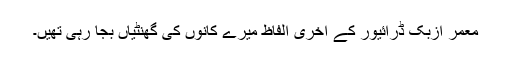
معمر ازبک ڈرائیور کے آخری الفاظ میرے کانوں کی گھنٹیاں بجا رہی تھیں۔